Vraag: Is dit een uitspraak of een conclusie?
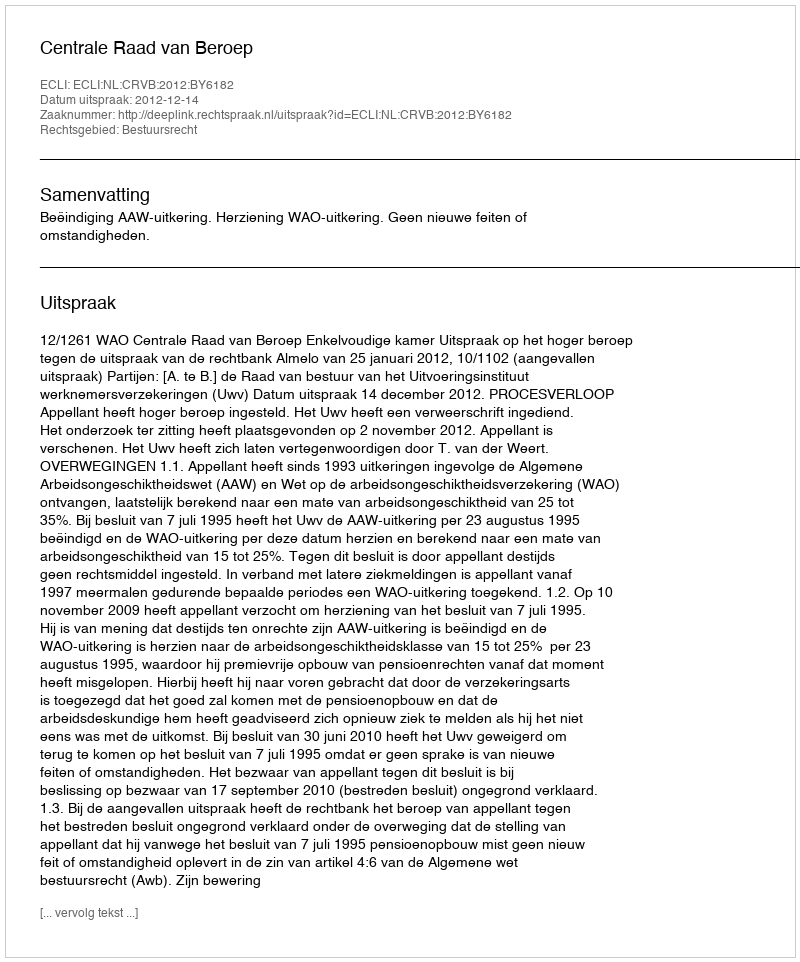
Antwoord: Uitspraak